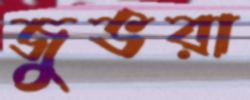
জুভরা